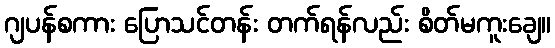
ဂျပန်စကား ပြောသင်တန်း တက်ရန်လည်း စိတ်မကူးချေ။